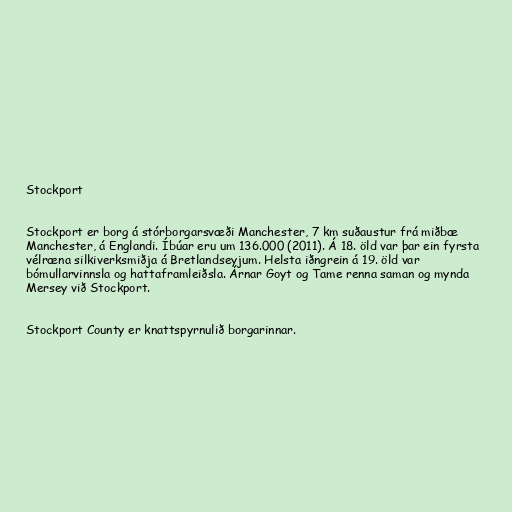
Stockport

Stockport er borg á stórborgarsvæði Manchester, 7 km suðaustur frá miðbæ
Manchester, á Englandi. Íbúar eru um 136.000 (2011). Á 18. öld var þar ein fyrsta
vélræna silkiverksmiðja á Bretlandseyjum. Helsta iðngrein á 19. öld var
bómullarvinnsla og hattaframleiðsla. Árnar Goyt og Tame renna saman og mynda
Mersey við Stockport.

Stockport County er knattspyrnulið borgarinnar.